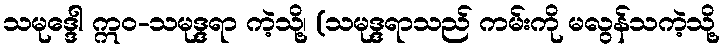
သမုဒ္ဒေါ ဣဝ-သမုဒ္ဒရာ ကဲ့သို့၊ (သမုဒ္ဒရာသည် ကမ်းကို မလွန်သကဲ့သို့